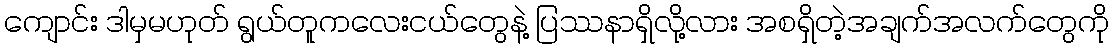
ကျောင်း ဒါမှမဟုတ် ရွယ်တူကလေးငယ်တွေနဲ့ ပြဿနာရှိလို့လား အစရှိတဲ့အချက်အလက်တွေကို